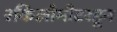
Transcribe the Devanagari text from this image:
२किलोमीटरहून